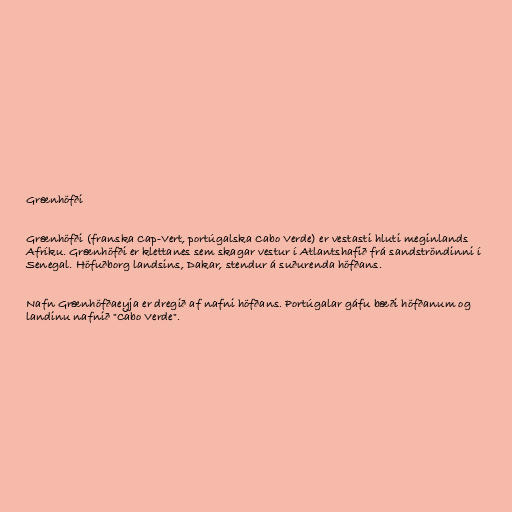
Grænhöfði

Grænhöfði (franska Cap-Vert, portúgalska Cabo Verde) er vestasti hluti meginlands
Afríku. Grænhöfði er klettanes sem skagar vestur í Atlantshafið frá sandströndinni í
Senegal. Höfuðborg landsins, Dakar, stendur á suðurenda höfðans.

Nafn Grænhöfðaeyja er dregið af nafni höfðans. Portúgalar gáfu bæði höfðanum og
landinu nafnið "Cabo Verde".